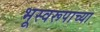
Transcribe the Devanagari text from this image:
भूस्वरूपाच्या